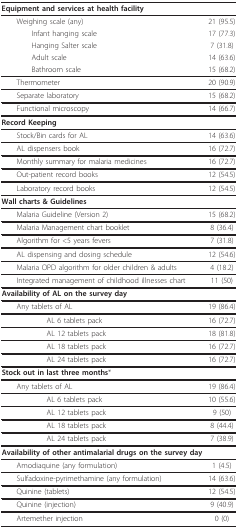
<table><thead><tr><td><b>Equipment and services at health facility</b></td><td></td></tr></thead><tbody><tr><td> Weighing scale (any)</td><td>21 (95.5)</td></tr><tr><td>Infant hanging scale</td><td>17 (77.3)</td></tr><tr><td>Hanging Salter scale</td><td>7 (31.8)</td></tr><tr><td>Adult scale</td><td>14 (63.6)</td></tr><tr><td>Bathroom scale</td><td>15 (68.2)</td></tr><tr><td> Thermometer</td><td>20 (90.9)</td></tr><tr><td> Separate laboratory</td><td>15 (68.2)</td></tr><tr><td> Functional microscopy</td><td>14 (66.7)</td></tr><tr><td><b>Record Keeping</b></td><td></td></tr><tr><td> Stock/Bin cards for AL</td><td>14 (63.6)</td></tr><tr><td> AL dispensers book</td><td>16 (72.7)</td></tr><tr><td> Monthly summary for malaria medicines</td><td>16 (72.7)</td></tr><tr><td> Out-patient record books</td><td>12 (54.5)</td></tr><tr><td> Laboratory record books</td><td>12 (54.5)</td></tr><tr><td><b>Wall charts &amp; Guidelines</b></td><td></td></tr><tr><td> Malaria Guideline (Version 2)</td><td>15 (68.2)</td></tr><tr><td> Malaria Management chart booklet</td><td>8 (36.4)</td></tr><tr><td> Algorithm for &lt;5 years fevers</td><td>7 (31.8)</td></tr><tr><td> AL dispensing and dosing schedule</td><td>12 (54.6)</td></tr><tr><td> Malaria OPD algorithm for older children &amp; adults</td><td>4 (18.2)</td></tr><tr><td> Integrated management of childhood illnesses chart</td><td>11 (50)</td></tr><tr><td><b>Availability of AL on the survey day</b></td><td></td></tr><tr><td> Any tablets of AL</td><td>19 (86.4)</td></tr><tr><td>AL 6 tablets pack</td><td>16 (72.7)</td></tr><tr><td>AL 12 tablets pack</td><td>18 (81.8)</td></tr><tr><td>AL 18 tablets pack</td><td>16 (72.7)</td></tr><tr><td>AL 24 tablets pack</td><td>16 (72.7)</td></tr><tr><td><b>Stock out in last three months</b>*</td><td></td></tr><tr><td> Any tablets of AL</td><td>19 (86.4)</td></tr><tr><td>AL 6 tablets pack</td><td>10 (55.6)</td></tr><tr><td>AL 12 tablets pack</td><td>9 (50)</td></tr><tr><td>AL 18 tablets pack</td><td>8 (44.4)</td></tr><tr><td>AL 24 tablets pack</td><td>7 (38.9)</td></tr><tr><td><b>Availability of other antimalarial drugs on the survey day</b></td><td></td></tr><tr><td> Amodiaquine (any formulation)</td><td>1 (4.5)</td></tr><tr><td> Sulfadoxine-pyrimethamine (any formulation)</td><td>14 (63.6)</td></tr><tr><td> Quinine (tablets)</td><td>12 (54.5)</td></tr><tr><td> Quinine (injection)</td><td>9 (40.9)</td></tr><tr><td> Artemether injection</td><td>0 (0)</td></tr></tbody></table>